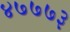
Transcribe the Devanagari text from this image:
४७७७३